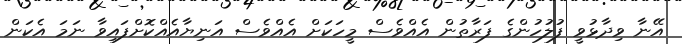
އޭނާ ވިދާޅުވީ ފުލުހުންގެ ފަރާތުން އެއްވެސް މީހަކަށް އެއްވެސް އަނިޔާއެއްކޮށްފައިވާ ނަމަ އެކަން